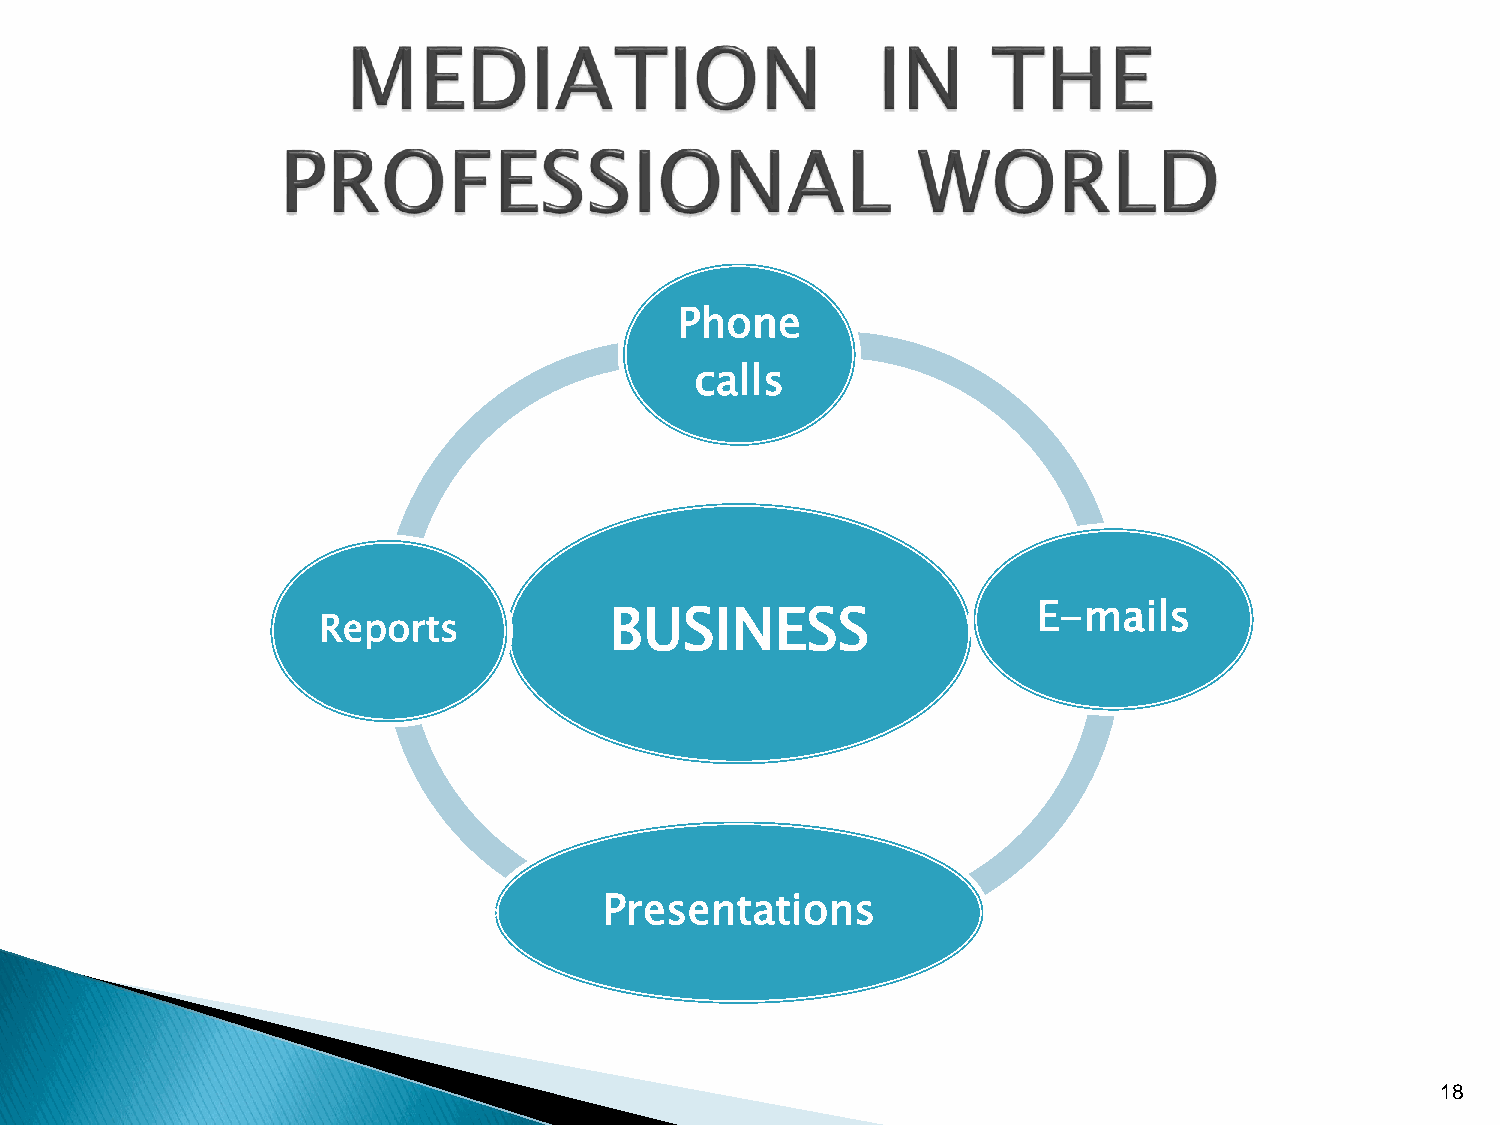
Phone
 calls
 BUSINESS                     E-mails
 Reports
 Presentations
 18